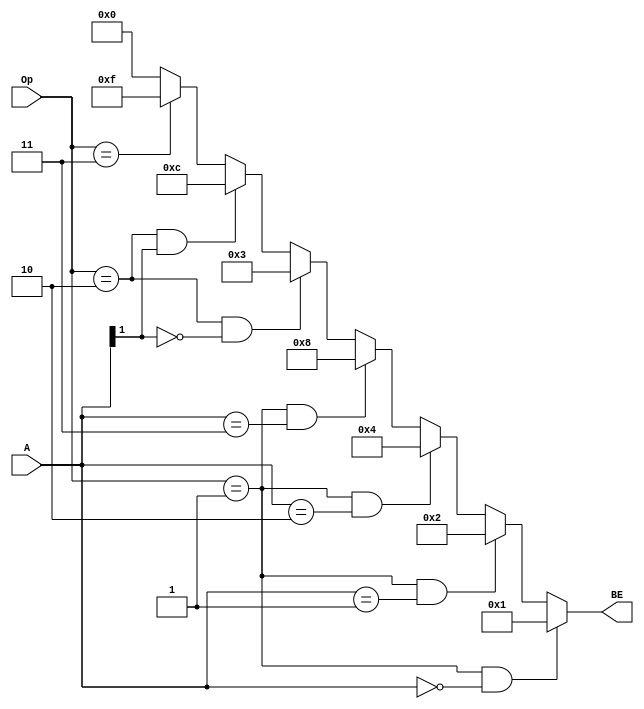
`timescale 1ns / 1ps
//////////////////////////////////////////////////////////////////////////////////
// Company: 
// Engineer: 
// 
// Design Name: 
// Module Name:    BE_EXT 
// Project Name: 
// Target Devices: 
// Tool versions: 
// Description: 
//
// Dependencies: 
//
// Revision: 
// Revision 0.01 - File Created
// Additional Comments: 
//
//////////////////////////////////////////////////////////////////////////////////
module BE_EXT(
	A,Op,BE
   );
	input[1:0]A;
	input[1:0]Op;
	output[3:0]BE;
	
	assign BE = 
		(Op==2'b01&&A==2'b00) ? 4'b0001 :
		(Op==2'b01&&A==2'b01) ? 4'b0010 :
		(Op==2'b01&&A==2'b10) ? 4'b0100 :
		(Op==2'b01&&A==2'b11) ? 4'b1000 :
		(Op==2'b10&&A[1]==2'b0) ? 4'b0011 :
		(Op==2'b10&&A[1]==2'b1) ? 4'b1100 :
		(Op==2'b11) ? 4'b1111 :
		4'b0000;
		

endmodule